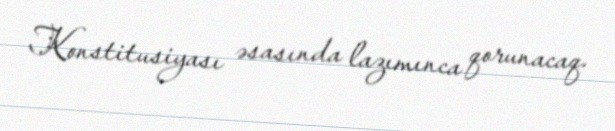
Konstitusiyası əsasında lazımınca qorunacaq.